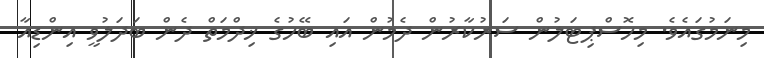
މިނަމުގައެވެ. މިހޮސްޕިޓަލުން ސަރުކާރުން ދެމުން އައި ބޭހުގެ ޚިދްމަތް ދެން ބަދަލުވީ އިންޑިއާ